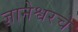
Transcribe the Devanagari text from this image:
ज्ञानेश्वरचे